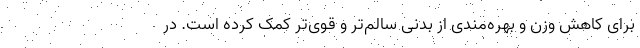
برای کاهش وزن و بهره‌مندی از بدنی سالم‌تر و قوی‌تر کمک کرده است. در